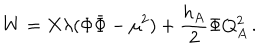
W = X \lambda ( \Phi \bar { \Phi } - \mu ^ { 2 } ) + { \frac { h _ { A } } { 2 } } \Phi Q _ { A } ^ { 2 } \, .